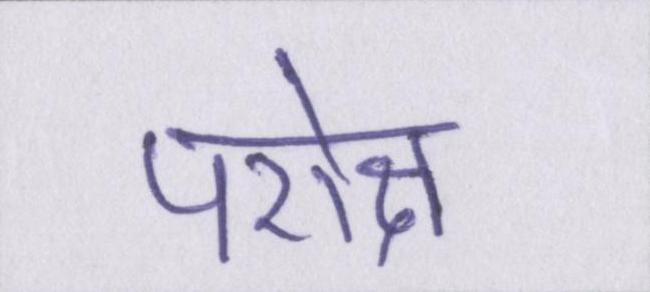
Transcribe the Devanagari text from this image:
परोक्ष